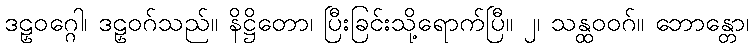
ဒဠှဝဂ္ဂေါ၊ ဒဠှဝဂ်သည်။ နိဋ္ဌိတော၊ ပြီးခြင်းသို့ရောက်ပြီ။ ၂၊ သန္ထဝဝဂ်။ ဘောန္တော၊